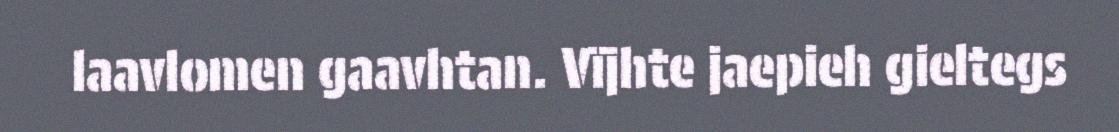
laavlomen gaavhtan. Vïjhte jaepieh gieltegs